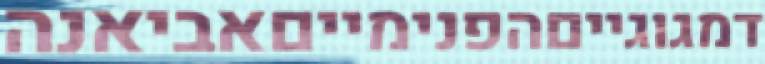
דמגוגייםהפנימייםאביאנה